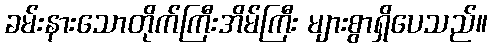
ခမ်းနားသောတိုက်ကြီးအိမ်ကြီး များစွာရှိပေသည်။